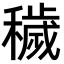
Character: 穢